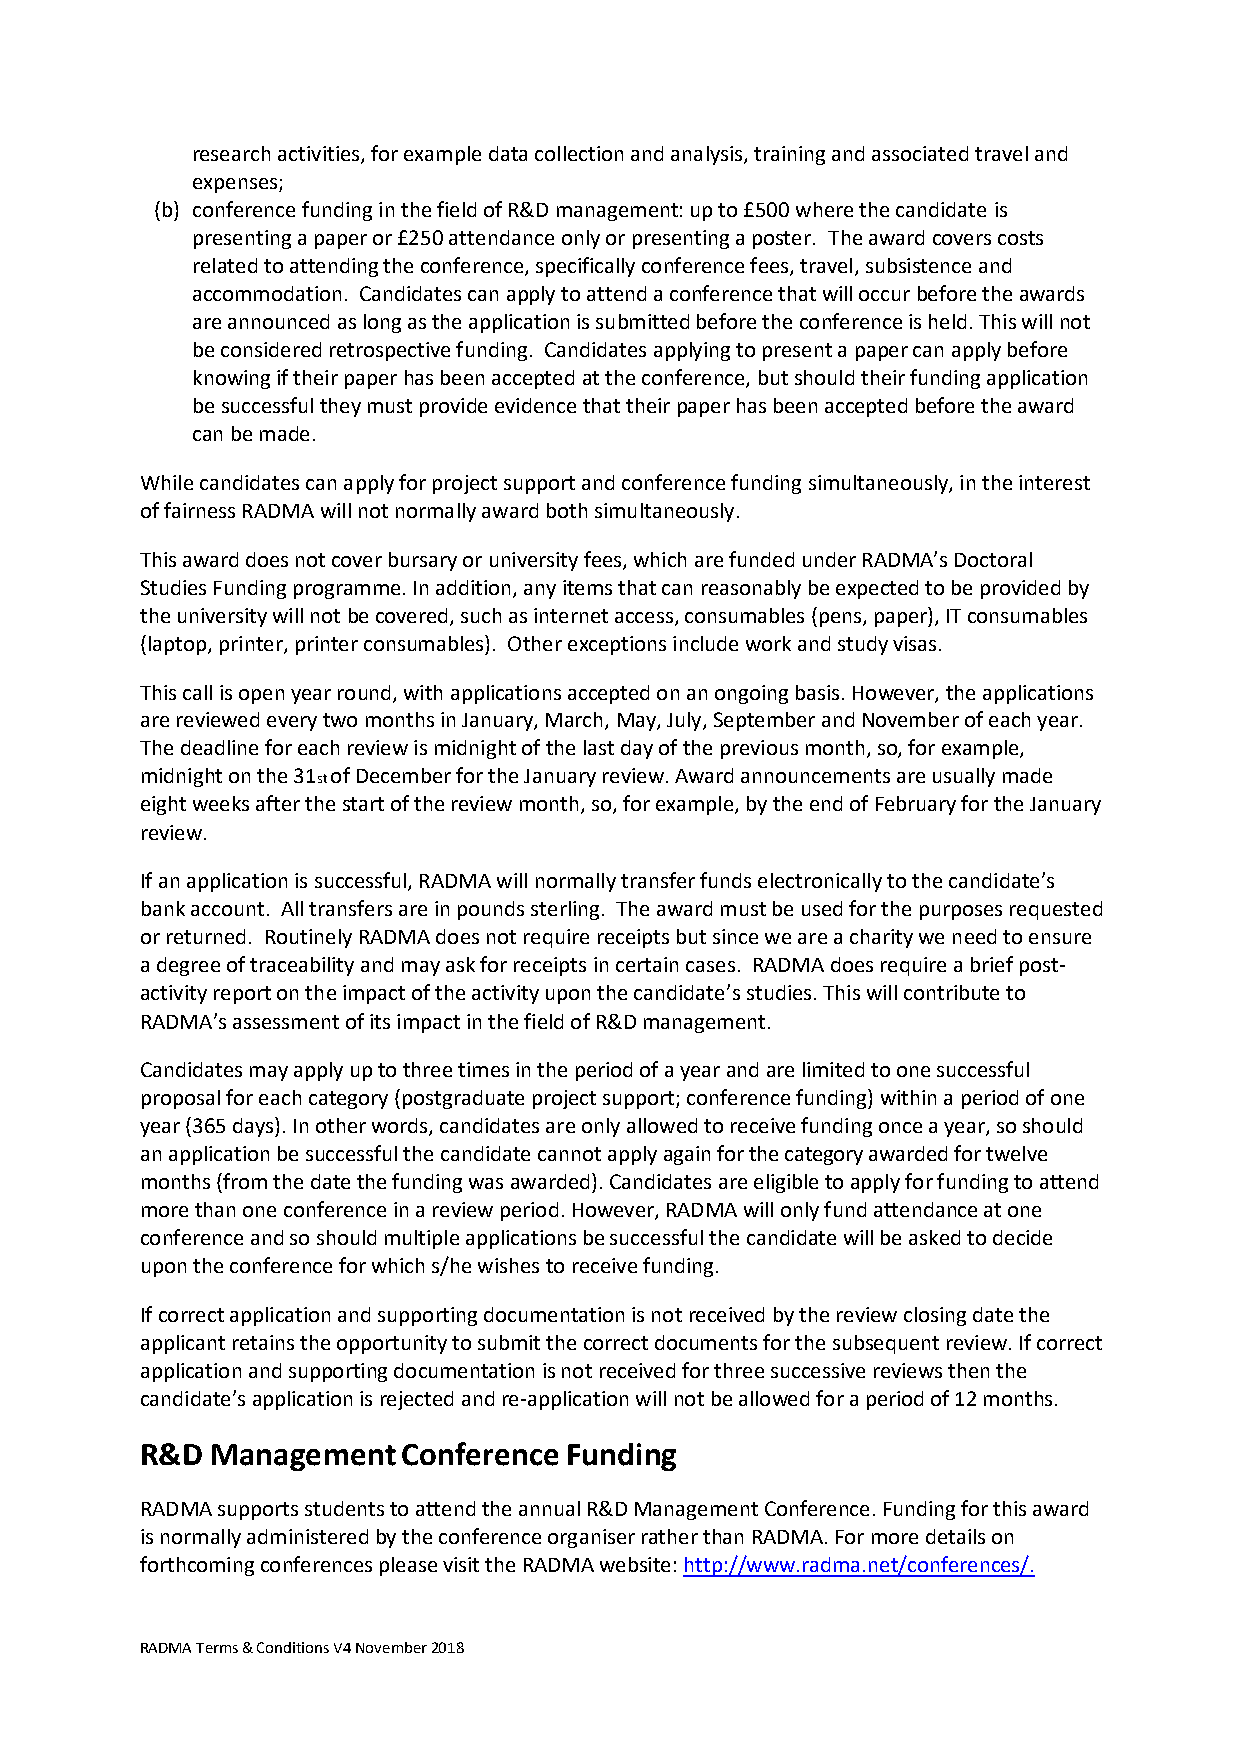
research activities, for example data collection and analysis, training and associated travel and
 expenses;
 (b) conference funding in the field of R&D management: up to £500 where the candidate is
 presenting a paper or £250 attendance only or presenting a poster. The award covers costs
 related to attending the conference, specifically conference fees, travel, subsistence and
 accommodation. Candidates can apply to attend a conference that will occur before the awards
 are announced as long as the application is submitted before the conference is held. This will not
 be considered retrospective funding. Candidates applying to present a paper can apply before
 knowing if their paper has been accepted at the conference, but should their funding application
 be successful they must provide evidence that their paper has been accepted before the award
 can be made.
 While candidates can apply for project support and conference funding simultaneously, in the interest
 of fairness RADMA will not normally award both simultaneously.
 This award does not cover bursary or university fees, which are funded under RADMA’s Doctoral
 Studies Funding programme. In addition, any items that can reasonably be expected to be provided by
 the university will not be covered, such as internet access, consumables (pens, paper), IT consumables
 (laptop, printer, printer consumables). Other exceptions include work and study visas.
 This call is open year round, with applications accepted on an ongoing basis. However, the applications
 are reviewed every two months in January, March, May, July, September and November of each year.
 The deadline for each review is midnight of the last day of the previous month, so, for example,
 midnight on the 31 of December for the January review. Award announcements are usually made
 st
 eight weeks after the start of the review month, so, for example, by the end of February for the January
 review.
 If an application is successful, RADMA will normally transfer funds electronically to the candidate’s
 bank account. All transfers are in pounds sterling. The award must be used for the purposes requested
 or returned. Routinely RADMA does not require receipts but since we are a charity we need to ensure
 a degree of traceability and may ask for receipts in certain cases. RADMA does require a brief post-
 activity report on the impact of the activity upon the candidate’s studies. This will contribute to
 RADMA’s assessment of its impact in the field of R&D management.
 Candidates may apply up to three times in the period of a year and are limited to one successful
 proposal for each category (postgraduate project support; conference funding) within a period of one
 year (365 days). In other words, candidates are only allowed to receive funding once a year, so should
 an application be successful the candidate cannot apply again for the category awarded for twelve
 months (from the date the funding was awarded). Candidates are eligible to apply for funding to attend
 more than one conference in a review period. However, RADMA will only fund attendance at one
 conference and so should multiple applications be successful the candidate will be asked to decide
 upon the conference for which s/he wishes to receive funding.
 If correct application and supporting documentation is not received by the review closing date the
 applicant retains the opportunity to submit the correct documents for the subsequent review. If correct
 application and supporting documentation is not received for three successive reviews then the
 candidate’s application is rejected and re-application will not be allowed for a period of 12 months.
 R&D  Management   Conference Funding
 RADMA supports students to attend the annual R&D Management Conference. Funding for this award
 is normally administered by the conference organiser rather than RADMA. For more details on
 forthcoming conferences please visit the RADMA website: http://www.radma.net/conferences/.
 RADMA Terms & Conditions V4 November 2018